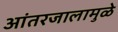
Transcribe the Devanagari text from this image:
आंतरजालामुळे